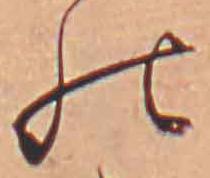
の